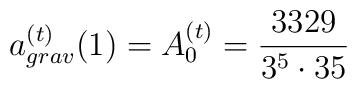
a_{grav}^{(t)}(1) = A_0^{(t)} = \frac{3329}{3^5\cdot 35}